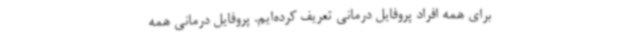
برای همه افراد پروفایل درمانی تعریف کرده‌ایم. پروفایل درمانی همه